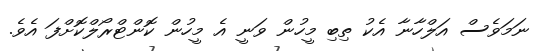
ނަމަވެސް އަލްހާނާ އެކު ތިބި މީހުން ވަނީ އެ މީހުން ކޮންޓްރޯލްކޮށްފަ އެވެ.